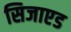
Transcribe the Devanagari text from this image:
सिजाएड